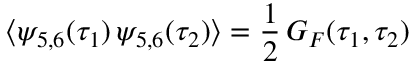
\langle \psi _ { 5 , 6 } ( \tau _ { 1 } ) \, \psi _ { 5 , 6 } ( \tau _ { 2 } ) \rangle = \frac { 1 } { 2 } \, G _ { F } ( \tau _ { 1 } , \tau _ { 2 } ) \nonumber